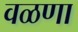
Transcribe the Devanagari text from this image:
वळणा